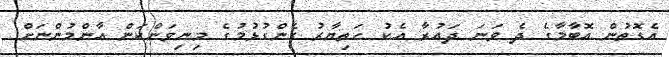
އެގޮތުން އޮބާމާގެ ދެ ވަނަ ދައުރާ އެކު ހަތިޔާރު ގެންގުޅުމުގެ މިނިވަންކަން އާންމުންނަށް